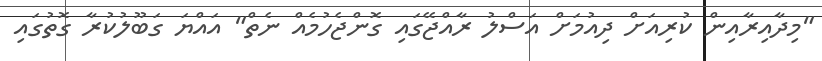
"މިދާއިރާއިން ކުރިއަށް ދިއުމަށް އަސްލު ރާއްޖޭގައި ގޮންޖެހުމެއް ނެތް" އައްޔަ ގަބޫލުކުރާ ގޮތުގައި